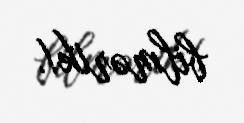
bilmərik!.